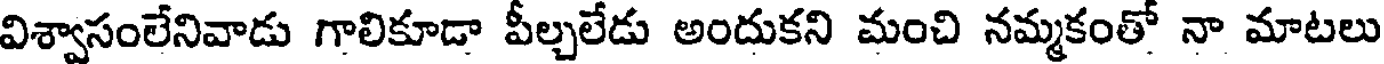
విశ్వాసంలేనివాడు గాలికూడా పీల్చలేడు అందుకని మంచి నమ్మకంతో నా మాటలు